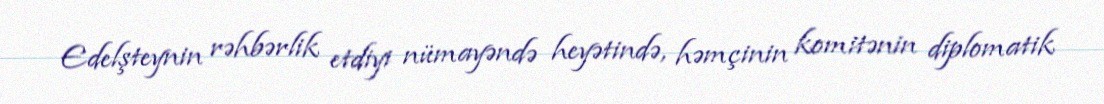
Edelşteynin rəhbərlik etdiyi nümayəndə heyətində, həmçinin komitənin diplomatik